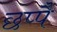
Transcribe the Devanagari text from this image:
छप्पै